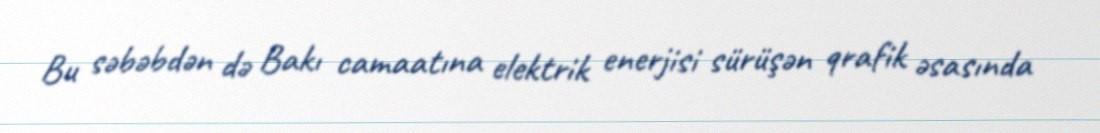
Bu səbəbdən də Bakı camaatına elektrik enerjisi sürüşən qrafik əsasında